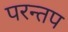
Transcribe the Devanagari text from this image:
परन्तप